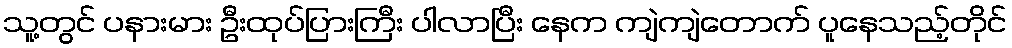
သူ့တွင် ပနားမား ဦးထုပ်ပြားကြီး ပါလာပြီး နေက ကျဲကျဲတောက် ပူနေသည့်တိုင်